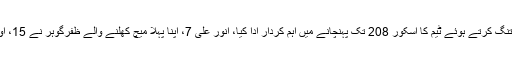
پاکستان کی 6 وکٹیں 145 رنز پر گرگئی تھی تاہم ٹیل انڈرز نے محتاط انداز میں بیتنگ کرتے ہوئے ٹیم کا اسکور 208 تک پہنچانے میں اہم کردار ادا کیا، انور علی 7، اپنا پہلا میچ کھلنے والے ظفرگوہر نے 15، اور وہاب ریاض نے 3 چھکوں کی مدد سے 35 گیندوں پر 33 رنز کی اننگز کھیلی۔